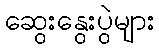
ဆွေးနွေးပွဲများ